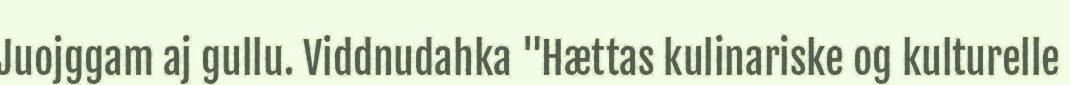
Juojggam aj gullu. Viddnudahka "Hættas kulinariske og kulturelle